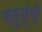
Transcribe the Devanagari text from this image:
चतुशृंगी